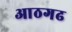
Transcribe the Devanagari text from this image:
आठगढ